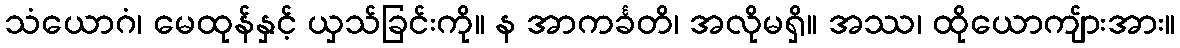
သံယောဂံ၊ မေထုန်နှင့် ယှသ်ခြင်းကို။ န အာကင်္ခတိ၊ အလိုမရှိ။ အဿ၊ ထိုယောကျ်ားအား။